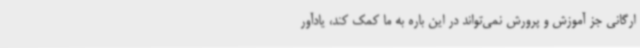
ارگانی جز آموزش و پرورش نمی‌تواند در این باره به ما کمک کند، یادآور